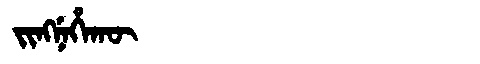
Manchu: ᠵᡳᠩᠨᡝᡥᠠᡴᡡ
Romanization: JINGNEHAKŪ